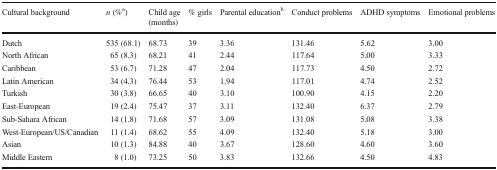
| Cultural background | n (%a) | Child age(months) | % girls | Parental educationb | Conduct problems | ADHD symptoms | Emotional problems |
 | --- | --- | --- | --- | --- | --- | --- | --- |
 | Dutch | 535 (68.1) | 68.73 | 39 | 3.36 | 131.46 | 5.62 | 3.00 |
 | North African | 65 (8.3) | 68.21 | 41 | 2.44 | 117.64 | 5.00 | 3.33 |
 | Caribbean | 53 (6.7) | 71.28 | 47 | 2.04 | 117.73 | 4.50 | 2.72 |
 | Latin American | 34 (4.3) | 76.44 | 53 | 1.94 | 117.01 | 4.74 | 2.52 |
 | Turkish | 30 (3.8) | 66.65 | 40 | 3.10 | 100.90 | 4.15 | 2.20 |
 | East-European | 19 (2.4) | 75.47 | 37 | 3.11 | 132.40 | 6.37 | 2.79 |
 | Sub-Sahara African | 14 (1.8) | 71.68 | 57 | 3.09 | 131.08 | 5.08 | 3.38 |
 | West-European/US/Canadian | 11 (1.4) | 68.62 | 55 | 4.09 | 132.40 | 5.18 | 3.00 |
 | Asian | 10 (1.3) | 84.88 | 40 | 3.67 | 128.60 | 4.60 | 3.60 |
 | Middle Eastern | 8 (1.0) | 73.25 | 50 | 3.83 | 132.66 | 4.50 | 4.83 |